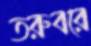
তরুবরে